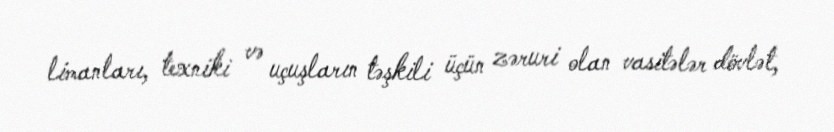
limanları, texniki və uçuşların təşkili üçün zəruri olan vasitələr dövlət,